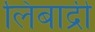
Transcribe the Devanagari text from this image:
लिंबाद्री